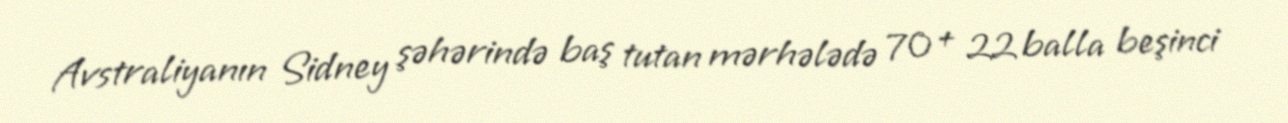
Avstraliyanın Sidney şəhərində baş tutan mərhələdə 70 + 22 balla beşinci